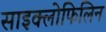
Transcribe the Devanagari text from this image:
साइक्लोफिलिन